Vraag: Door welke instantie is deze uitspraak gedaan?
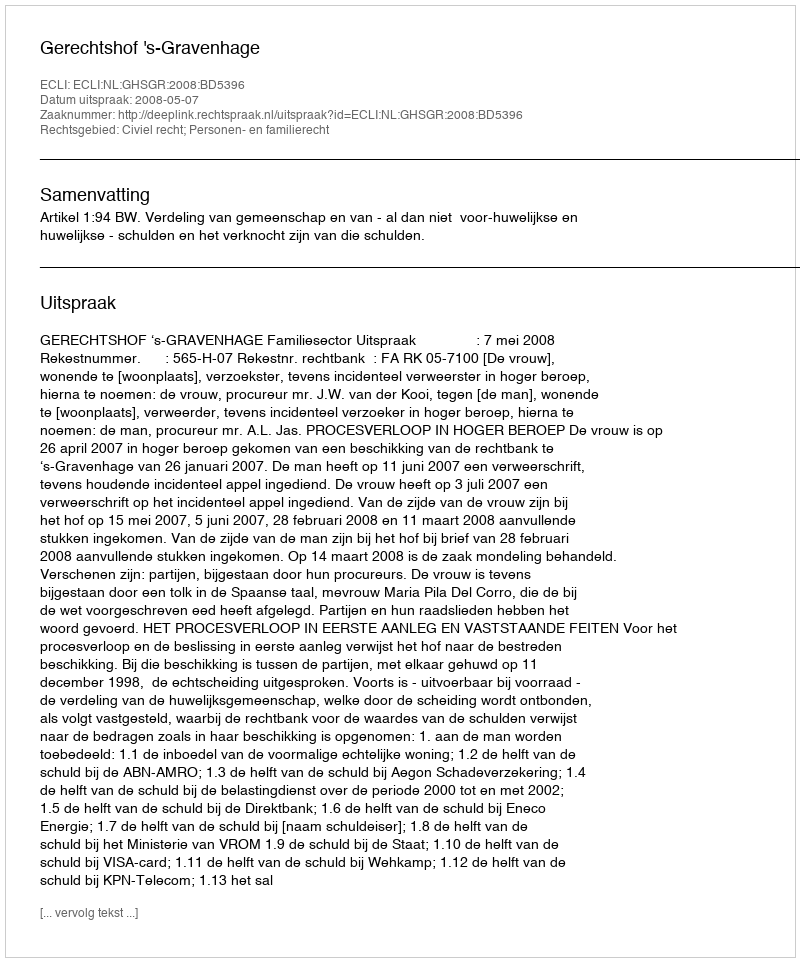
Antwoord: Gerechtshof 's-Gravenhage